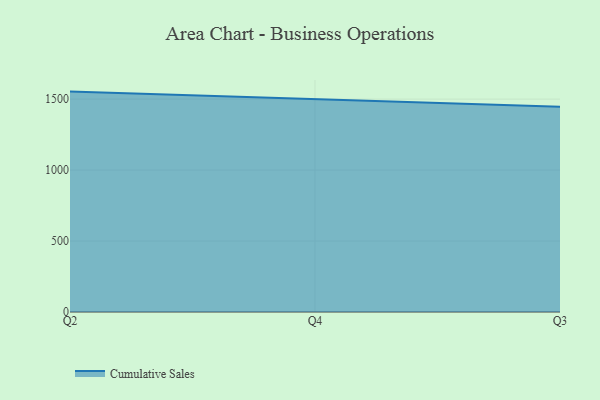
{"axis": {"x": "Quarter", "y": "Latency (ms)"}, "legend": ["Cumulative Sales"], "data": [{"x": "Q2", "y": 1552.7, "type": "Cumulative Sales"}, {"x": "Q4", "y": 1498.9, "type": "Cumulative Sales"}, {"x": "Q3", "y": 1445.5, "type": "Cumulative Sales"}]}